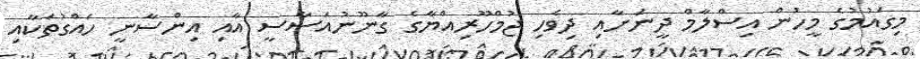
މިގައުމުގެ މީހުން އިސްލާމް ދީނަށާއި ދިވެހި ޖުމްހޫރިއްޔާގެ ގާނޫނުއަސާސީ އާއި އިންސާނީ ހައްގުތަކާއި